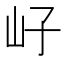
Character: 㞨